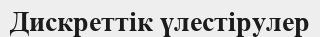
Дискреттік үлестірулер